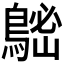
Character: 𪁷